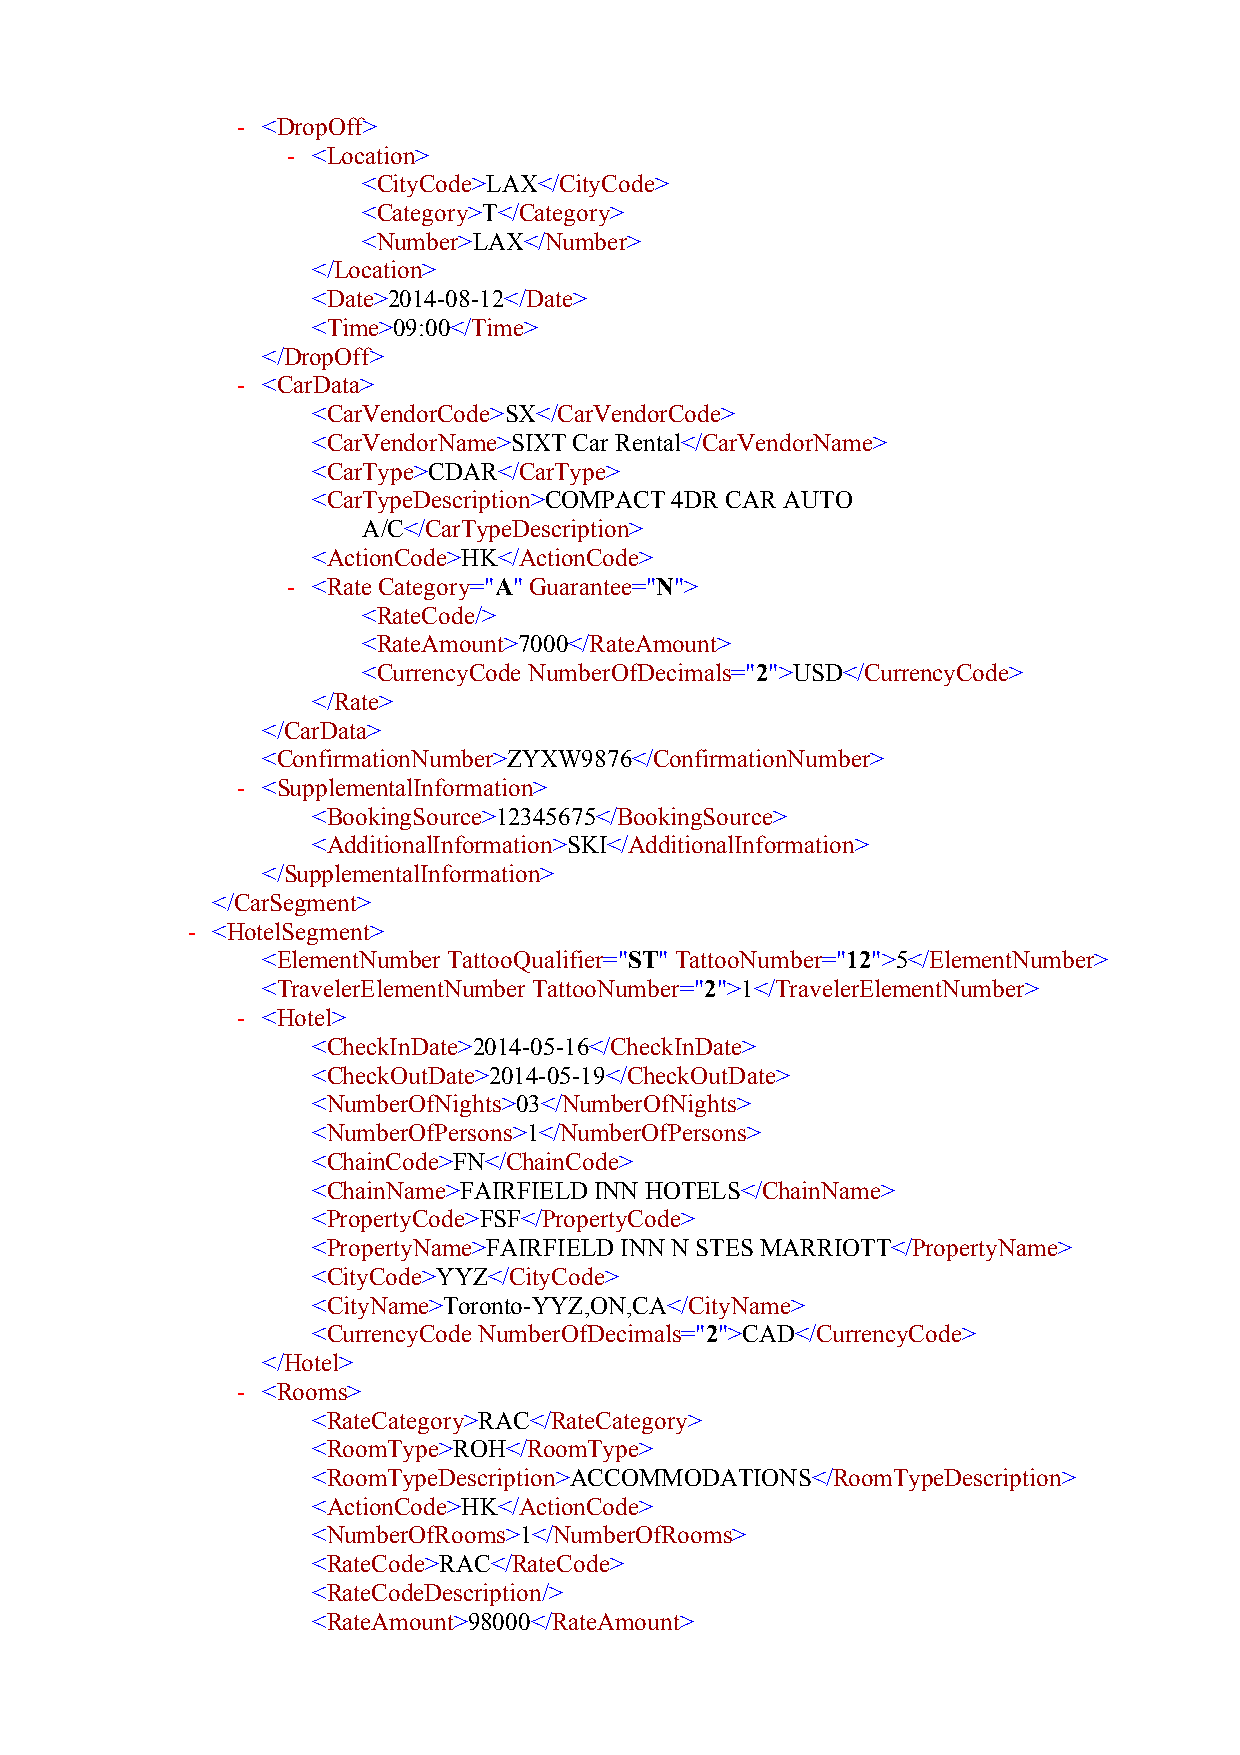
- <DropOff>
 - <Location>
 <CityCode>LAX</CityCode>
 <Category>T</Category>
 <Number>LAX</Number>
 </Location>
 <Date>2014-08-12</Date>
 <Time>09:00</Time>
 </DropOff>
 - <CarData>
 <CarVendorCode>SX</CarVendorCode>
 <CarVendorName>SIXT Car Rental</CarVendorName>
 <CarType>CDAR</CarType>
 <CarTypeDescription>COMPACT 4DR CAR AUTO
 A/C</CarTypeDescription>
 <ActionCode>HK</ActionCode>
 - <RateCategory="A" Guarantee="N">
 <RateCode/>
 <RateAmount>7000</RateAmount>
 <CurrencyCode NumberOfDecimals="2">USD</CurrencyCode>
 </Rate>
 </CarData>
 <ConfirmationNumber>ZYXW9876</ConfirmationNumber>
 - <SupplementalInformation>
 <BookingSource>12345675</BookingSource>
 <AdditionalInformation>SKI</AdditionalInformation>
 </SupplementalInformation>
 </CarSegment>
 - <HotelSegment>
 <ElementNumber TattooQualifier="ST" TattooNumber="12">5</ElementNumber>
 <TravelerElementNumberTattooNumber="2">1</TravelerElementNumber>
 - <Hotel>
 <CheckInDate>2014-05-16</CheckInDate>
 <CheckOutDate>2014-05-19</CheckOutDate>
 <NumberOfNights>03</NumberOfNights>
 <NumberOfPersons>1</NumberOfPersons>
 <ChainCode>FN</ChainCode>
 <ChainName>FAIRFIELD INN HOTELS</ChainName>
 <PropertyCode>FSF</PropertyCode>
 <PropertyName>FAIRFIELD INN N STES MARRIOTT</PropertyName>
 <CityCode>YYZ</CityCode>
 <CityName>Toronto-YYZ,ON,CA</CityName>
 <CurrencyCodeNumberOfDecimals="2">CAD</CurrencyCode>
 </Hotel>
 - <Rooms>
 <RateCategory>RAC</RateCategory>
 <RoomType>ROH</RoomType>
 <RoomTypeDescription>ACCOMMODATIONS</RoomTypeDescription>
 <ActionCode>HK</ActionCode>
 <NumberOfRooms>1</NumberOfRooms>
 <RateCode>RAC</RateCode>
 <RateCodeDescription/>
 <RateAmount>98000</RateAmount>